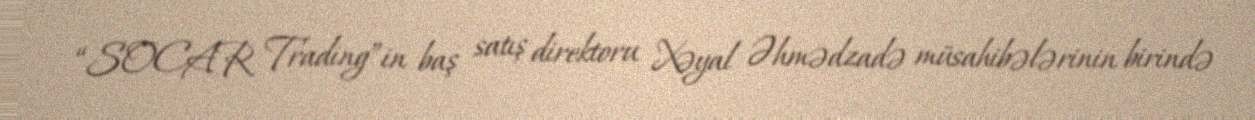
“SOCAR Trading”in baş satış direktoru Xəyal Əhmədzadə müsahibələrinin birində